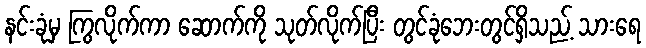
နင်းခုံမှ ကြွလိုက်ကာ ဆောက်ကို သုတ်လိုက်ပြီး တွင်ခုံဘေးတွင်ရှိသည့် သားရေ